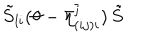
\tilde { S } _ { l i } ( \theta - \bar { \eta } _ { ( i j ) i } ^ { \overline { { { \jmath } } } } ) \, \tilde { S }